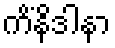
ကိံနိဒါနာ